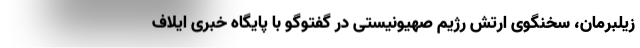
زیلبرمان، سخنگوی ارتش رژیم صهیونیستی در گفتوگو با پایگاه خبری ایلاف